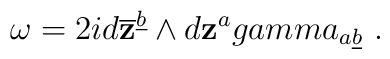
\omega = 2i d \overline {\bf z}^{\underline b}\wedge d {\bf z}^a \\gamma_{a \underline b}\ .